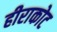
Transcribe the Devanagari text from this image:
हीराकोट